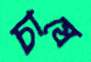
চাষে